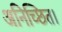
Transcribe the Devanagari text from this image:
अनिच्छित।